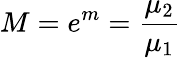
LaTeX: M=e^{m}=\frac{\mu_{2}}{\mu_{1}}